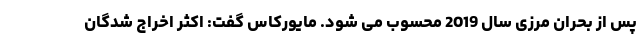
پس از بحران مرزی سال 2019 محسوب می شود. مایورکاس گفت: اکثر اخراج شدگان